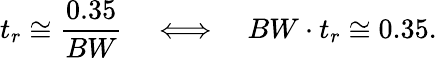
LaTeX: t_{r}\cong{\frac{0.35}{BW}}\quad\Longleftrightarrow\quad BW\cdot t_{r}\cong 0.35.